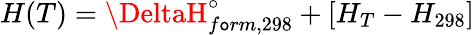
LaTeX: H(T)=\DeltaH_{f\mathtt{o}rm,298}^{\circ}+[H_{T}-H_{298}]